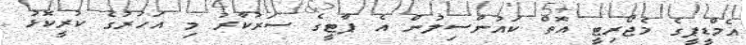
އެމްޑީޕީގެ މެޖޯރިޓީ އޮތް ކައުންސިލުން އެ ޕާޓީގެ ސަރުކާރު މި އަހަރުގެ ކުރީކޮޅު